Lunatic asylums Madras 1892-1911 - 1892-1911
Year: 1892
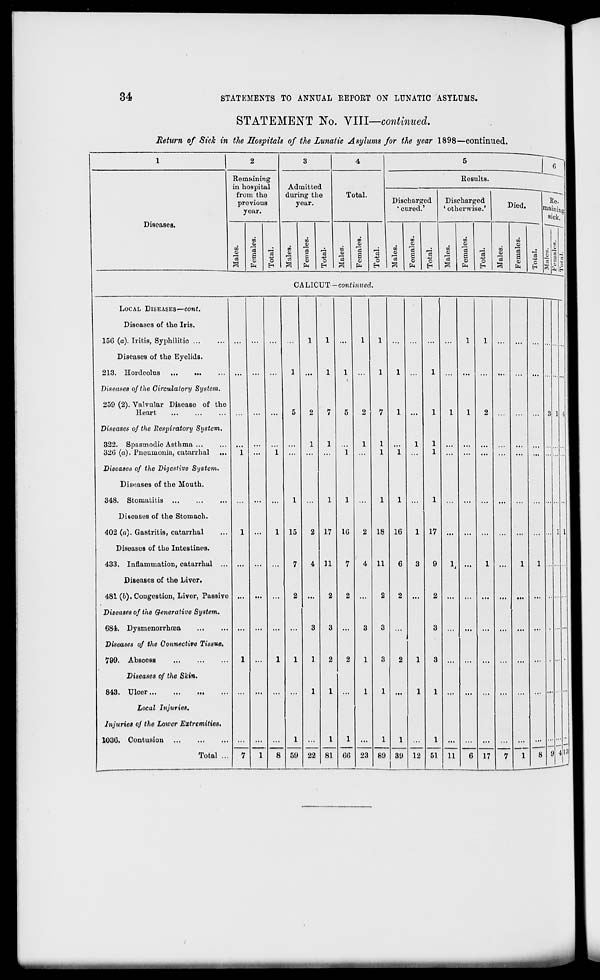
34
STATEMENTS TO ANNUAL REPORT ON LUNATIC ASYLUMS.
STATEMENT No. VIII—continued.
Return of Sick in the Hospitals of the Lunatic Asylums for the year 1898—continued.
Diseases.
Remaining
in hospital
from the
previous
year.
M
CD
13
to
a,
«
s
CD
Admitted
during the
year.
o
CO
CD
o
Total.
CD
en
CD
15
S
o
pa
Results.
Discharged
' cured.'
° 5
in
o
15
g
o
pq
Discharged
1 othei'wise.'
o
H
•r.
CD
15
03
Cj
CD
PH
^
Died.
CD
i—i
CALICUT -continued.
CO
Pm
Re.
roaining I
sick.
LOCAL DISEASES—cont.
Diseases of the Iris.
156 (a). Iritis, Syphilitic
Diseases of the Eyelids.
213. Hordeolus
Diseases of the Circulatory System.
259 (2). Valvular Disease of the
Heart
Diseases of the Respiratory System,
322. Spasmodic Asthma ...
320 (a). Pneumonia, eatarrhal ...
Diseases of the Digestive System.
Diseases of the Mouth.
348. Stomatitis ...
Diseases of the Stomach.
402 (a). Gastritis, catarrhal
Diseases of the Intestines.
433. Inflammation, catarrhal ...
Diseases of the Liver.
481 (l). Congestion, Liver, Passive
Diseases of the Generative System.
684. Dysmenorrhoea
Diseases of the Connective Tissue.
799. Abscess
Diseases of the Skin.
843. Ulcer
Local Injuries.
Injuries of the Loiver Extremities.
1036. Contusion
Total ...
1 ...
1
15
59
17
11
10
1
1
1
22 81
1
00 23
18
11
89
16
39 12
17
1
51 11
17